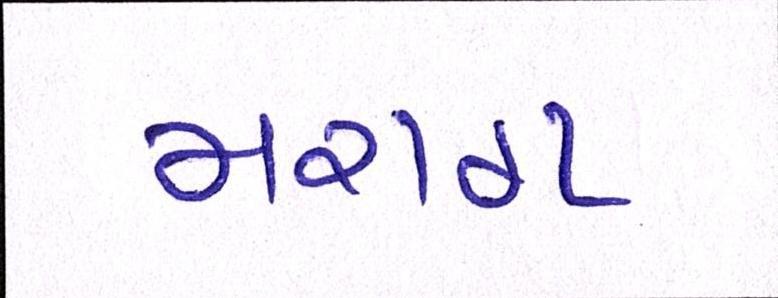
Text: મરાઠા